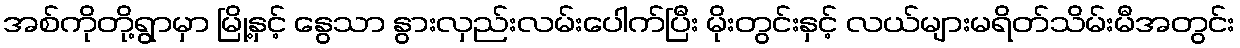
အစ်ကိုတို့ရွာမှာ မြို့နှင့် နွေသာ နွားလှည်းလမ်းပေါက်ပြီး မိုးတွင်းနှင့် လယ်များမရိတ်သိမ်းမီအတွင်း